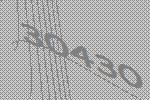
30430